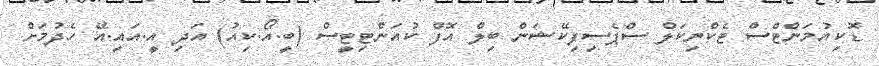
ޑޮކިއުމަންޓްސް ޓެކްނިކަލް ސްޕެސިފިކޭޝަން ބިލް އޮފް ކުއަންޓިޓީސް (ބީ.އޯ.ކިއު) އަދި އީ.އައި.އޭ ހެދުމަށް